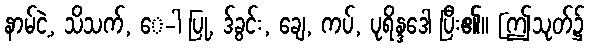
နာမ်ငဲ့, သိသက်, ေ-ါ ပြု, ဒ်ခွင်း, ချေ, ကပ်, ပုရိန္ဒဒေါ ပြီး၏။ [ဤသုတ်၌